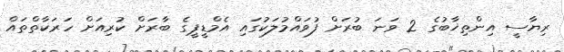
ރިޔާސީ އިންތިޚާބުގެ 2 ވަނަ ބުރަށް ފުވައްމުލަކުގައި އެމްޑީޕީގެ ބާރަށް ކުރިއަށް ހަރަކާތްތައް